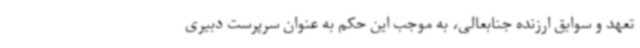
تعهد و سوابق ارزنده جنابعالی، به موجب این حکم به عنوان سرپرست دبیری